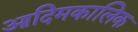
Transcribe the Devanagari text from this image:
आदिमकालिक